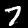
Label: 7